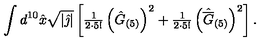
\int d ^ { 1 0 } \hat { x } \sqrt { | \hat { \jmath } | } \left[ { \textstyle \frac { 1 } { 2 \cdot 5 ! } } \left( \hat { G } _ { ( 5 ) } \right) ^ { 2 } + { \textstyle \frac { 1 } { 2 \cdot 5 ! } } \left( \hat { \overline { { G } } } _ { ( 5 ) } \right) ^ { 2 } \right] .